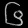
Digit: ၆